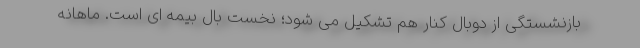
بازنشستگی از دوبال کنار هم تشکیل می شود؛ نخست بال بیمه ای است. ماهانه